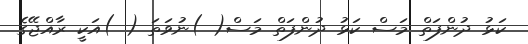
ކަޅު ދުންފަތް މަސް ކަޅު ދުންފަތް މަސް( )ނުވަތަ ( )އަކީ ރާއްޖޭގެ